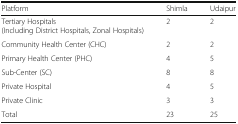
<table><thead><tr><td><b>Platform</b></td><td><b>Shimla</b></td><td><b>Udaipur</b></td></tr></thead><tbody><tr><td>Tertiary Hospitals(Including District Hospitals, Zonal Hospitals)</td><td>2</td><td>2</td></tr><tr><td>Community Health Center (CHC)</td><td>2</td><td>2</td></tr><tr><td>Primary Health Center (PHC)</td><td>4</td><td>5</td></tr><tr><td>Sub-Center (SC)</td><td>8</td><td>8</td></tr><tr><td>Private Hospital</td><td>4</td><td>5</td></tr><tr><td>Private Clinic</td><td>3</td><td>3</td></tr><tr><td>Total</td><td>23</td><td>25</td></tr></tbody></table>